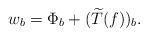
LaTeX: \begin{align*}w_b = \Phi_b + (\widetilde{T}(f))_b.\end{align*}